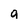
Character: a